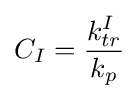
C_{I}={\frac {k_{tr}^{I}}{k_{p}}}